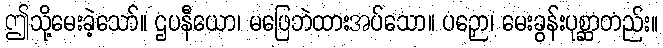
ဤသို့မေးခဲ့သော်။ ဌပနီယော၊ မဖြေဘဲထားအပ်သော။ ပဉှော၊ မေးခွန်းပုစ္ဆာတည်း။